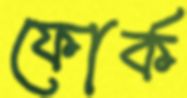
ফোর্ক